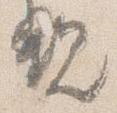
親